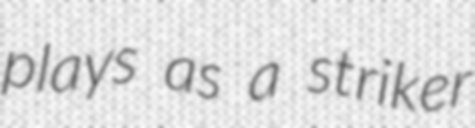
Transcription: plays as a striker